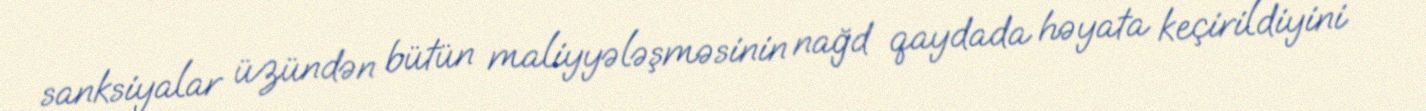
sanksiyalar üzündən bütün maliyyələşməsinin nağd qaydada həyata keçirildiyini